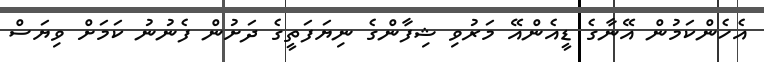
އެހެންކަމުން އޭނާގެ ޑީއެންއޭ މަރުވި ޝިފާންގެ ނިޔަފަތީގެ ދަށުން ފެނުނު ކަމަށް ވިޔަސް